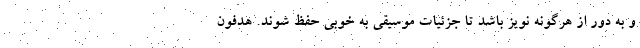
و به دور از هرگونه نویز باشد تا جزئیات موسیقی به خوبی حفظ شوند. هدفون